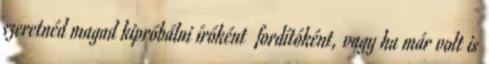
szeretnéd magad kipróbálni íróként fordítóként, vagy ha már volt is